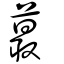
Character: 蕞